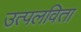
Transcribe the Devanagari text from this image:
उत्पलविता